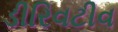
ડીરિવટીવ